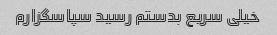
خیلی سریع بدستم رسید سپاسگزارم